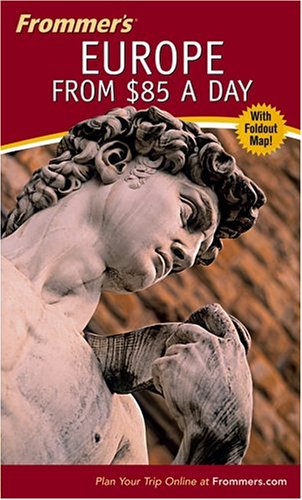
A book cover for Frommer's Europe from $85 a Day (Frommer's $ A Day); Reid Bramblett; Travel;